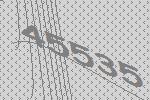
45535